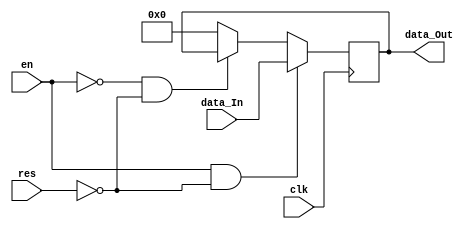
`timescale 1ns / 1ps
//////////////////////////////////////////////////////////////////////////////////
//////////////////////////////////////////////////////////////////////////////////
module reg8bit(data_Out, data_In, clk, res, en);
    output [7:0] data_Out;
    input [7:0] data_In;
    input clk, res, en;
	 
	 reg [7:0] data;
	 assign data_Out = data;
	 
	 always@(posedge clk)
	 begin
		if (en & !res)
			data = data_In;
		else if (!en & !res)
			data = data;
		else
			data = 0;
	 end

endmodule